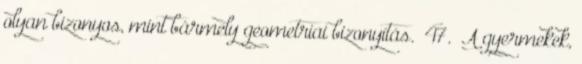
olyan bizonyos, mint bármely geometriai bizonyítás.” 47. „A gyermekek,